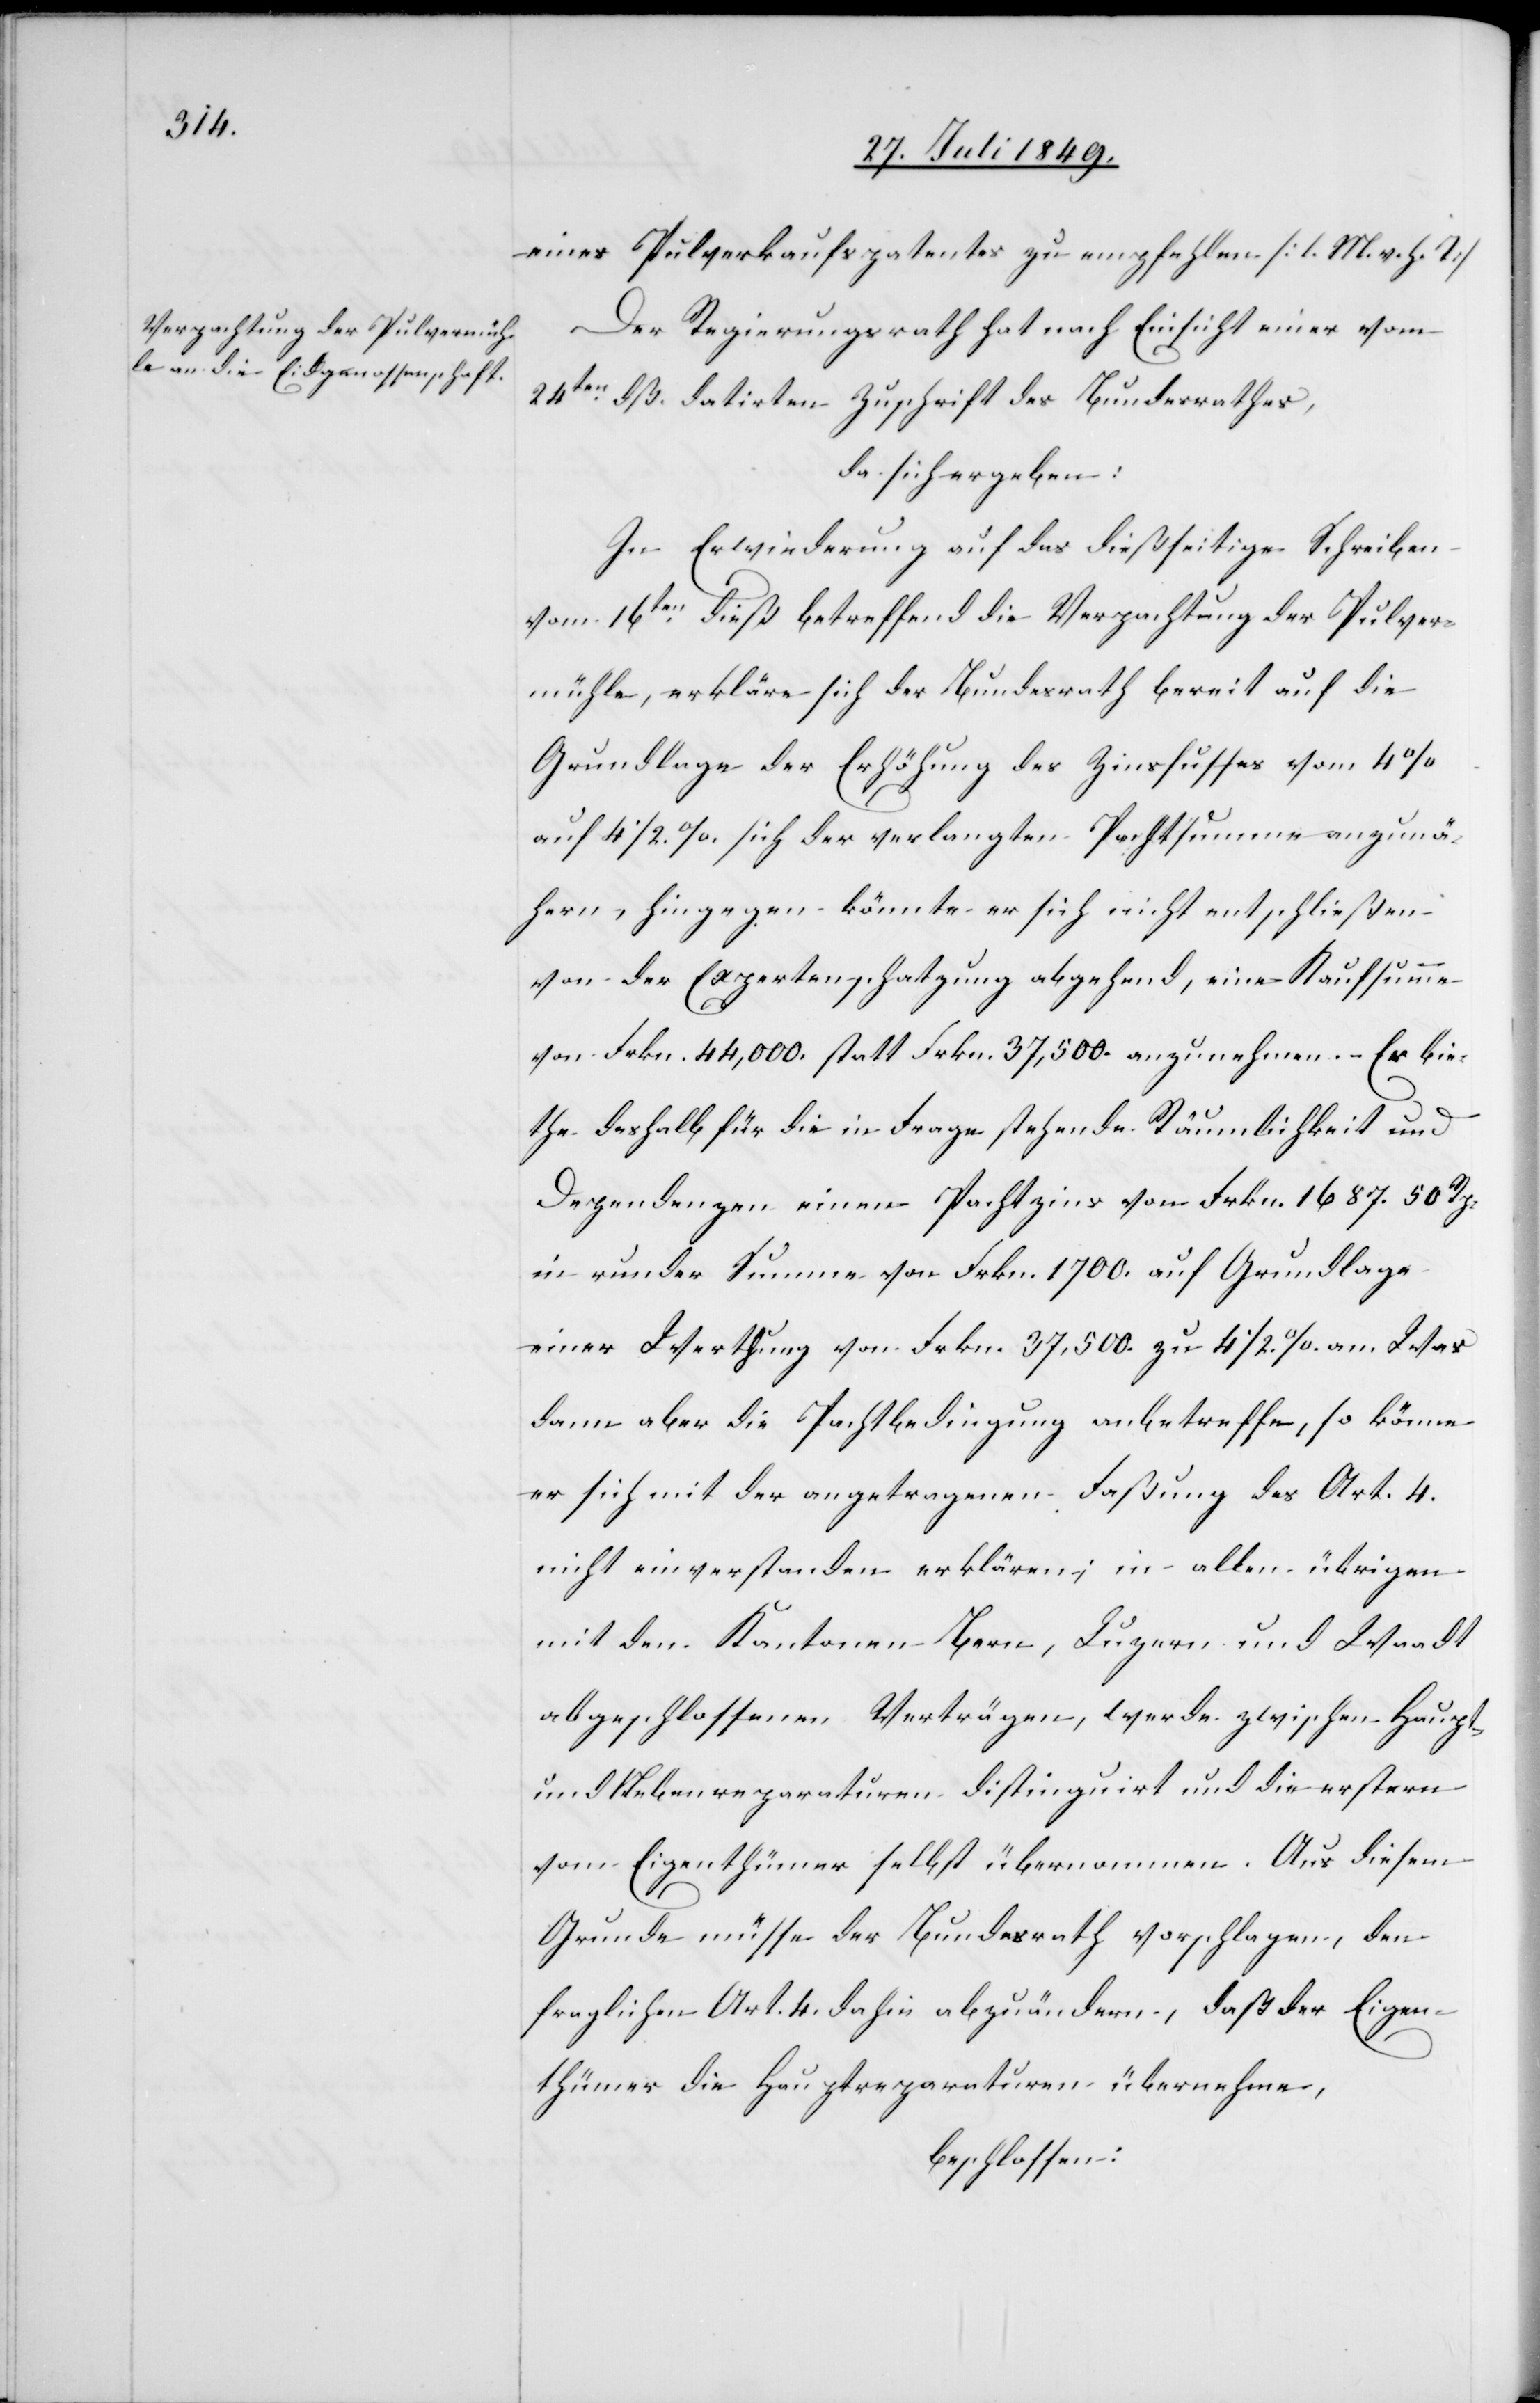
eines Pulverkaufspatentes zu empfehlen. [l. M. v. h. T]
Der Regierungsrath hat nach Einsicht einer vom
24ten dß. datirten Zuschrift des Bundessrathes,
da sich ergeben:
In Erwiederung auf das dießseitige Schreiben
vom 16ten dieß betreffend die Verpachtung der Pulver¬
mühle, erkläre sich der Bundesrath bereit auf die
Grundlage der Erhöhung des Zinsfusses vom [sic!]
auf 41/2%. sich der verlangten Pachtsumme anzunä¬
hern, hingegen könnte er sich nicht entschließen
von der Expertenschatzung abgehend, eine Kaufsumme
von Frkn. 44,000. statt Frkn. 37,500. anzunehmen. Er bie¬
the deshalb für die in Frage stehende Räumlichkeit und
Dependenzen einen Pachtzins von Frkn. 1 687. 50. Rp.
in runder Summe von Frkn. 37,500. zu 41/2% an.
dann aber die Pachtbedingung anbetreffe, so könne
er sich mit der angetragenen Faßung des Art. 4.
nicht einverstanden erklären, in allen übrigen
mit den Kantonen Bern, Luzern und Waadt
abgeschlossenen Verträgen, werde zwischen Haupt-
und Nebenreparaturen distinguirt und die erstern
vom Eigenthümer selbst übernommen. Aus diesem
Grunde müsse der Bundesrath vorschlagen, den
fraglichen Art. 4. dahin abzuändern, daß der Eigen¬
thümer die Hauptreparaturen übernehme,
beschlossen: